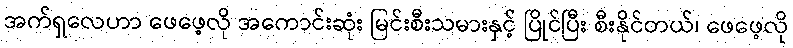
အက်ရှလေဟာ ဖေဖေ့လို အကောင်းဆုံး မြင်းစီးသမားနှင့် ပြိုင်ပြီး စီးနိုင်တယ်၊ ဖေဖေ့လို